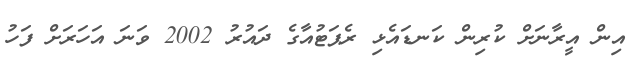
އިން އީރާނަށް ކުރިން ކަނޑައެޅި ރެޕަޓުއާގެ ދައުރު 2002 ވަނަ އަހަރަށް ފަހު